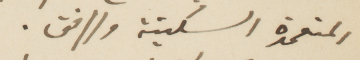
المتعمدة السكينة والرفق.